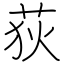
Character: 荻